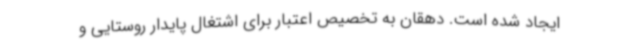
ایجاد شده است. دهقان به تخصیص اعتبار برای اشتغال پایدار روستایی و